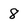
Character: 8